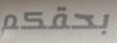
بحقكم